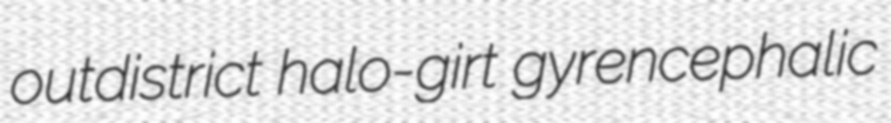
outdistrict halo-girt gyrencephalic